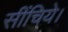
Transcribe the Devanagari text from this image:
सींचिये।